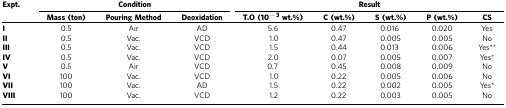
<table><thead><tr><td><b>Expt.</b></td><td colspan="3"><b>Condition</b></td><td colspan="5"><b>Result</b></td></tr><tr><td><b> </b></td><td><b>Mass (ton)</b></td><td><b>Pouring Method</b></td><td><b>Deoxidation</b></td><td><b>T.O (10<sup>−3</sup>wt.%)</b></td><td><b>C (wt.%)</b></td><td><b>S (wt.%)</b></td><td><b>P (wt.%)</b></td><td><b>CS</b></td></tr></thead><tbody><tr><td><b>I</b></td><td>0.5</td><td>Air</td><td>AD</td><td>5.6</td><td>0.47</td><td>0.016</td><td>0.020</td><td>Yes</td></tr><tr><td><b>II</b></td><td>0.5</td><td>Vac.</td><td>VCD</td><td>1.0</td><td>0.47</td><td>0.005</td><td>0.005</td><td>No</td></tr><tr><td><b>III</b></td><td>0.5</td><td>Vac.</td><td>VCD</td><td>1.5</td><td>0.44</td><td>0.013</td><td>0.006</td><td>Yes**</td></tr><tr><td><b>IV</b></td><td>0.5</td><td>Vac.</td><td>VCD</td><td>2.0</td><td>0.07</td><td>0.005</td><td>0.007</td><td>Yes*</td></tr><tr><td><b>V</b></td><td>0.5</td><td>Air</td><td>VCD</td><td>0.7</td><td>0.45</td><td>0.008</td><td>0.009</td><td>No</td></tr><tr><td><b>VI</b></td><td>100</td><td>Vac.</td><td>VCD</td><td>1.0</td><td>0.22</td><td>0.005</td><td>0.006</td><td>No</td></tr><tr><td><b>VII</b></td><td>100</td><td>Vac.</td><td>AD</td><td>1.5</td><td>0.22</td><td>0.002</td><td>0.005</td><td>Yes*</td></tr><tr><td><b>VIII</b></td><td>100</td><td>Vac.</td><td>VCD</td><td>1.2</td><td>0.22</td><td>0.003</td><td>0.005</td><td>No</td></tr></tbody></table>